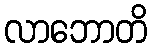
လာဘောတိ